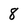
Character: 8